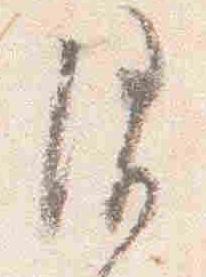
消